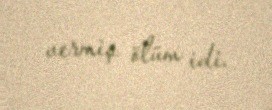
vermiş ölüm idi.